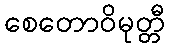
စေတောဝိမုတ္တီ